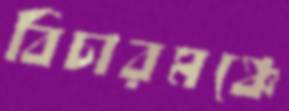
বিচারমঞ্চে